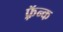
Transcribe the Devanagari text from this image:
फ़्रॅन्क